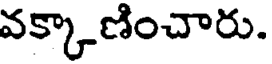
వక్కాణించారు.